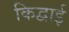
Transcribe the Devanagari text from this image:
किद्वाई